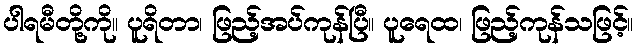
ပါရမီတို့ကို။ ပူရိတာ၊ ဖြည့်အပ်ကုန်ပြီ။ ပူရေထ၊ ဖြည့်ကုန်သဖြင့်။